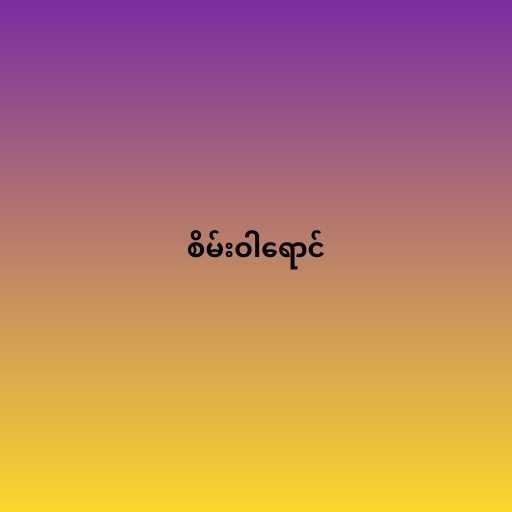
စိမ်းဝါရောင်